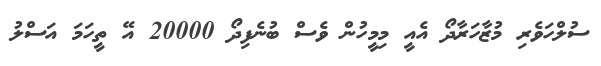
ސުލްހަވެރި މުޒާހަރާދޯ އެއީ މިމީހުން ވެސް ބުނެފިދޯ 20000 އޭ ތީހަމަ އަސްލު